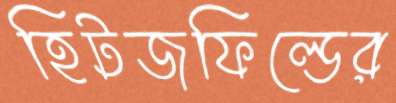
হিটজফিল্ডের